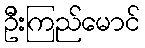
ဦးကြည်မောင်